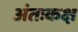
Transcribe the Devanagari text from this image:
अंतःकक्ष